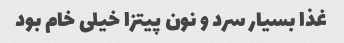
غذا بسیار سرد و نون پیتزا خیلی خام بود